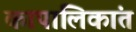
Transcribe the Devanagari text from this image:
कापालिकांत